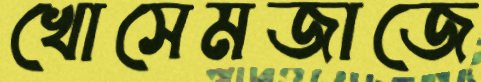
খোসেমজাজে